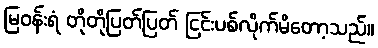
မြဝန်းရံ တိုတိုပြတ်ပြတ် ငြင်းပစ်လိုက်မိတော့သည်။